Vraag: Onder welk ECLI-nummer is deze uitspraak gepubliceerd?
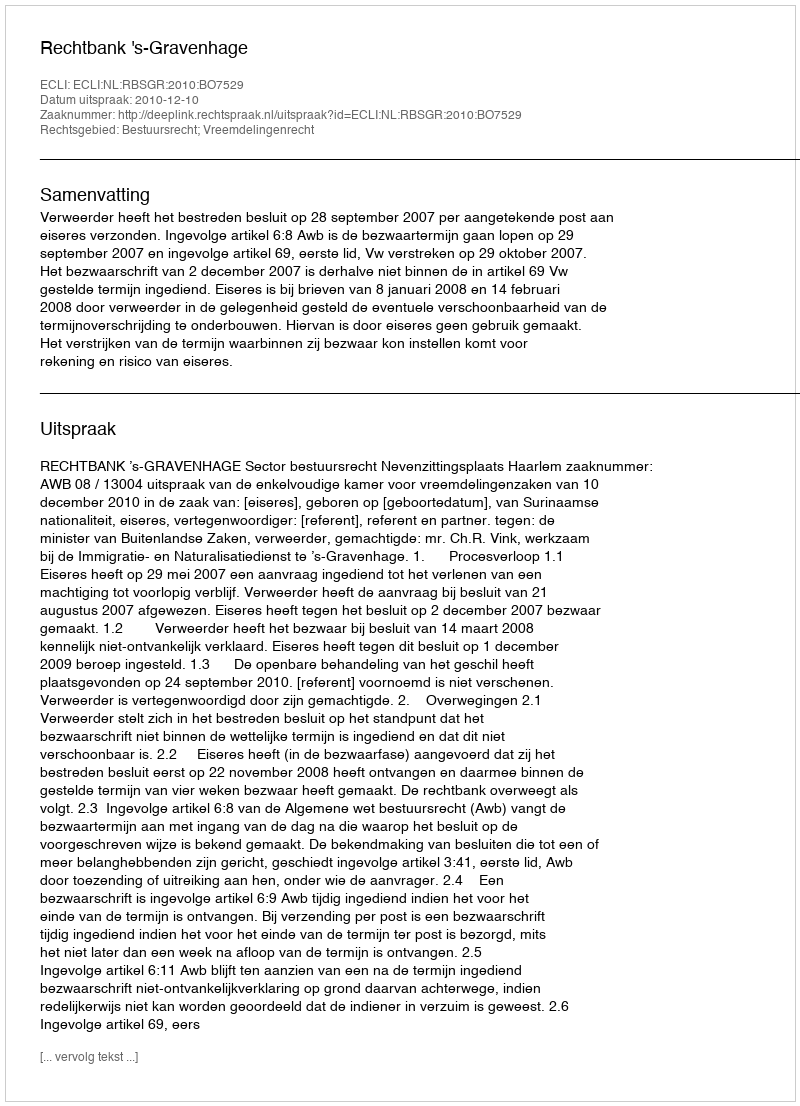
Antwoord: ECLI:NL:RBSGR:2010:BO7529